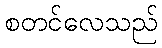
စတင်လေသည်